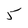
Character: 5